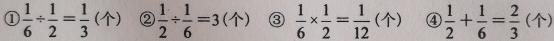
\textcircled{1}$\frac{1}{6}\div\frac{1}{2}=\frac{1}{3}$(个) \textcircled{2}$\frac{1}{2}\div\frac{1}{6}=3$(个) \textcircled{3}$\frac{1}{6}\times\frac{1}{2}=\frac{1}{12}$(个) \textcircled{4}$\frac{1}{2}+\frac{1}{6}=\frac{2}{3}$(个)